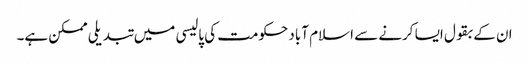
ان کے بقول ایسا کرنے سے اسلام آباد حکومت کی پالیسی میں تبدیلی ممکن ہے۔